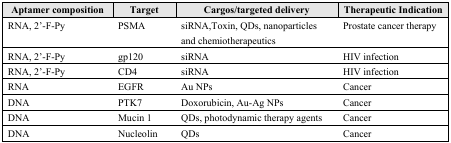
<table><thead><tr><td><b>Aptamer composition</b></td><td><b>Target</b></td><td><b>Cargos/targeted delivery</b></td><td><b>Therapeutic Indication</b></td></tr></thead><tbody><tr><td>RNA, 2′-F-Py</td><td>PSMA</td><td>siRNA, Toxin, QDs, nanoparticles and chemiotherapeutics</td><td>Prostate cancer therapy</td></tr><tr><td>RNA, 2′-F-Py</td><td>gp120</td><td>siRNA</td><td>HIV infection</td></tr><tr><td>RNA, 2′-F-Py</td><td>CD4</td><td>siRNA</td><td>HIV infection</td></tr><tr><td>RNA</td><td>EGFR</td><td>Au NPs</td><td>Cancer</td></tr><tr><td>DNA</td><td>PTK7</td><td>Doxorubicin, Au-Ag NPs</td><td>Cancer</td></tr><tr><td>DNA</td><td>Mucin 1</td><td>QDs, photodynamic therapy agents</td><td>Cancer</td></tr><tr><td>DNA</td><td>Nucleolin</td><td>QDs</td><td>Cancer</td></tr></tbody></table>